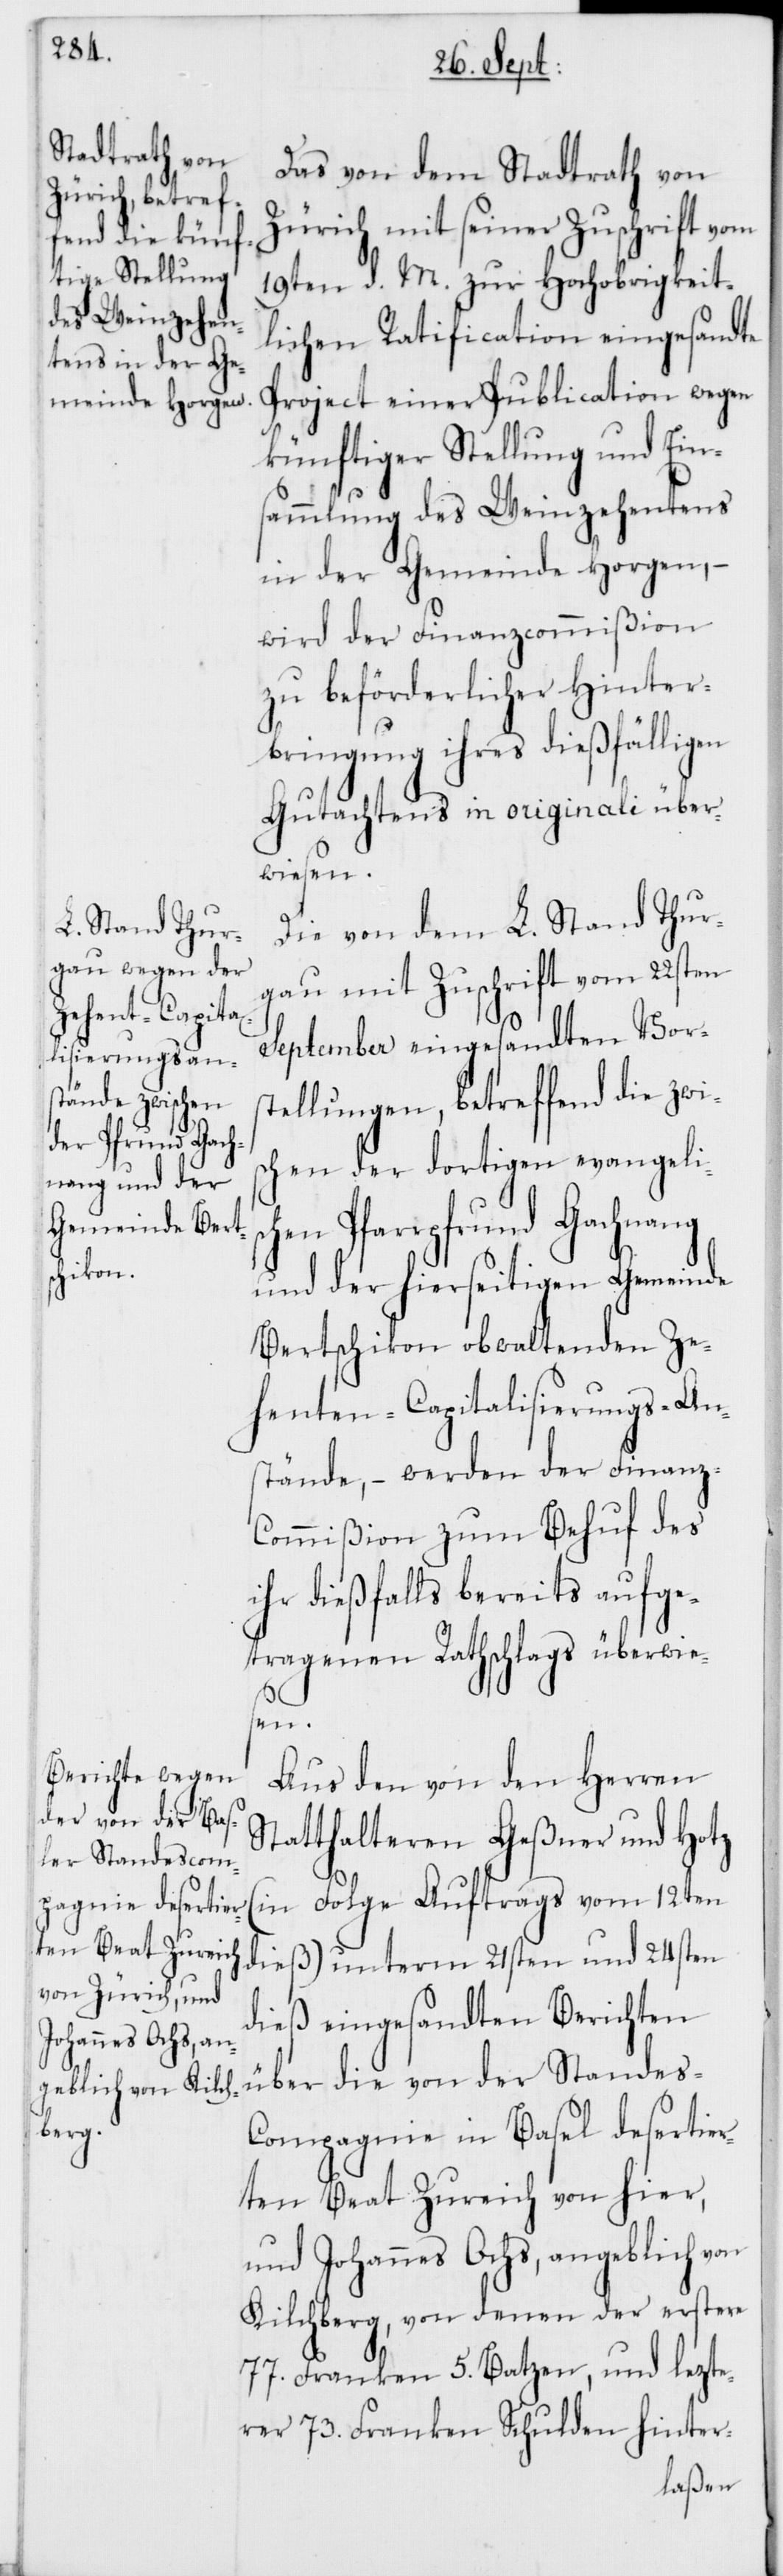
Das von dem Stadtrath von
Zürich und seiner Zuschrift vom
19ten d. M. zur Hochobrigkeit¬
lichen Ratification eingesandte
Project einer Publication wegen
künftiger Stellung und Ein¬
sammlung des Weinzehentens
in der Gemeinde Horgen, –
wird der Finanzcommißion
zu beförderlicher Hinter¬
bringung ihres dießfälligen
Gutachtens in originali über¬
wiesen.
Die von dem L. Stand Thur¬
gau mit Zuschrift vom 22sten
September eingesandten Vors¬
tellungen, betreffend die zwi¬
schen der dortigen evangelis¬
chen Pfarrpfrund Gachnang
und der hierseitigen Gemeinde
Bertschikon obwaltenden Ze¬
henten-Capitalisierungs-An¬
stände, – werden der Finan¬
z-Commißion zum Behuf des
ihr dießfalls bereits aufge¬
tragenen Rathschlags überwie¬
(in
Aus den von den Herren
Statthalteren Geßner und Hotz
dieß) unterm 21sten und 24sten
dieß eingesandten Berichten
über die von der Standes-C¬
ompagnie in Basel desertier¬
ten Beat Zureich von hier,
und Johannes Ochs, angeblich von
Kilchberg, von denen der erstere
77. Franken 5. Batzen, und lezte¬
rer 73. Franken Schulden hinter-